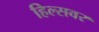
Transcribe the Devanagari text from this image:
हिल्सवर